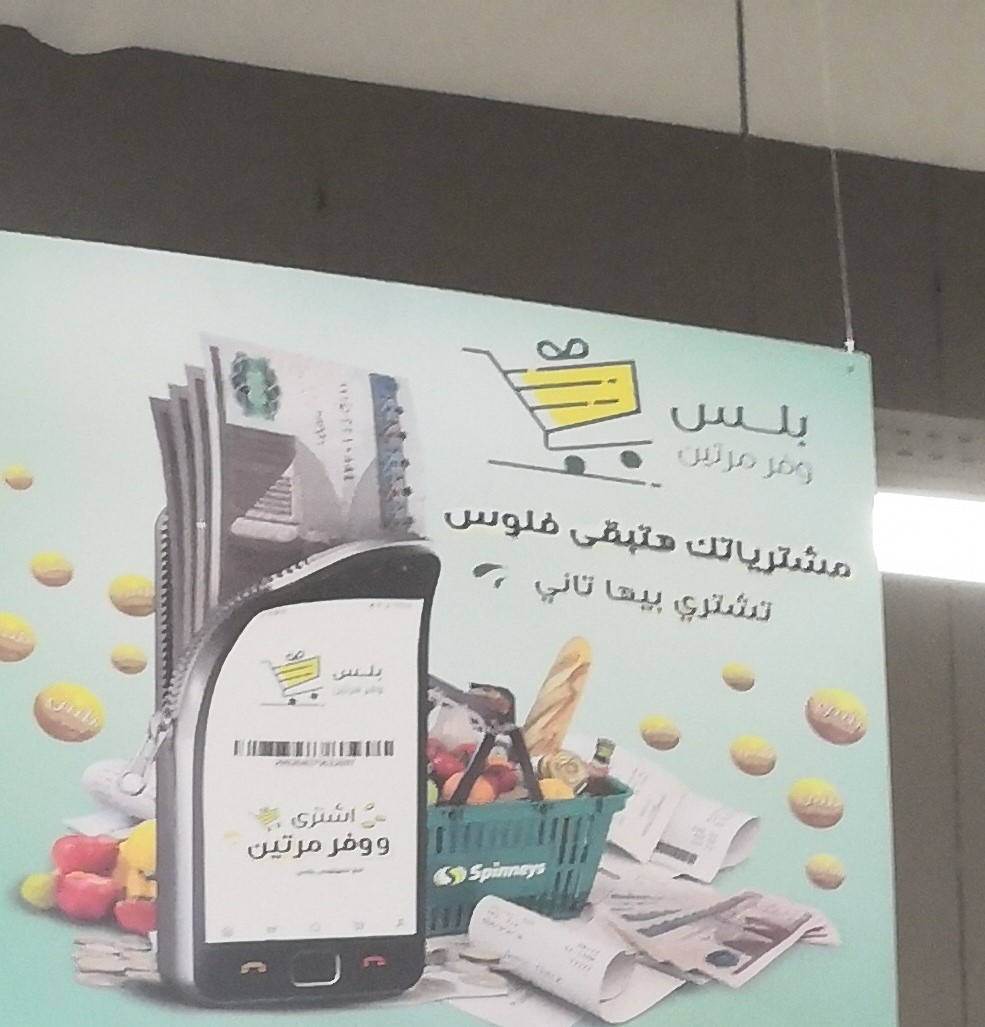
Text in image: بلس مرتين وفر فلوس هتبقى مشترياتك تاني بيها تشتري بلس اشترى ووفر مرتين Spinneys